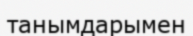
танымдарымен